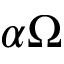
\alpha \Omega